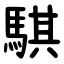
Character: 騏